Vital statistics of India. Vol. IV, Annual returns from 1871 to 1876. British Army of India, Native Army and jails of Bengal
Year: 1871
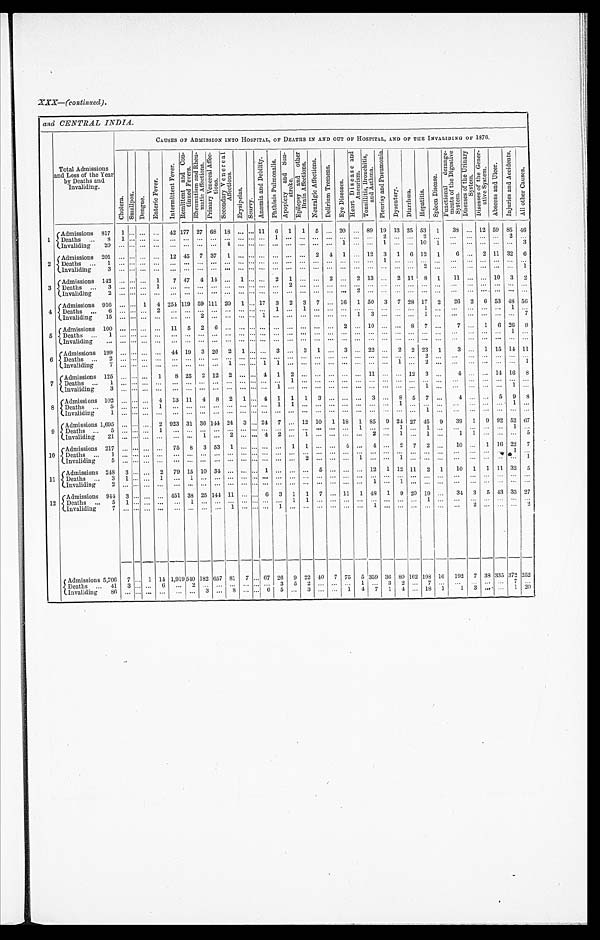
XXX—(continued).
and CENTRAL INDIA.
Total Admissions
and Loss of the Year
by Deaths and
Invaliding.
CAUSES OF ADMISSION INTO HOSPITAL, OF DEATHS IN AND OUT OF HOSPITAL, AND OF THE INVALIDING OF 1876.
C h o l e r a .
S m a l l p o x .
Da ngue .
E n t e r i c F e v e r .
I n t e r m i t t e n t
F e v e r .
R e m i t t e n t a n d C o t i n u e d F e v e r s . R h e u m a t i s m a n d R h e u m a t i e A f f e c t i o n s . P r i m a r y V e n e r e a l A f f e c t i o n s .
S e c o n d a r y V e n e r c a l A f f e c t i o n s .
E r y s i p e l a s .
S c u r v y .
A n æ m i a a n d D e b l i t y . P h t h s i s
P u l m o n a l i s .
A p o p l e x y a n d S u n s t r o k e . E p i l e p s y a n d o t h e r B r a i n A f f e c t i o n s .
N e u r a l g i e A f f e c t i o n s .
D e l i r i u m T r e m e n s .
E y e D i s e a s e s .
H e a r t D i s e a s e a n d A n e u r i s m .
T o n s i l i t i s , B r o n c h i t i s , a n d A s t h m a .
P l c u r i s y a n d P n e u m o n i a .
D y s e n t e r y . D i a r r h œ a .
H e p a t i t i s .
S p l e e n D i s e a s e .
F u n c t i o n a l d e r a m g e m e n t s o f t h e D i g e s t i c e S y s t e m .
D i s e a s e s o f t h e U r i n a r y S y s t e m . D i s e a s e s o f t h e G e n e r a t i c e S y s t e m .
A b s e e s s a n d U l c e r . I n j u r i e s a n d A c c i d e n t s .
A l l o t h e r C a u s e s .
1 (Admissions 817 1 ... ... ... 42 177 27 68 18 ... ... 11 6 1 1 5 ... 20 ... 89 19 13 25 53 1
38
. . .
12 59 85 4 6
D e a t h s . . .
8 1 . . . . . . . . .
. . . . . . . . . . . . . . . . . . . . . . . . . . 1 . . . . . . . . . . . .
. . . . . . . . . 2 . . . . . .
2
. . .
. . . ...
. . . . . . 2 . . .
Invaliding
20 ... ... ...
. . . ... ... ... ...
4 . . . . . . . . . . . . . . . . . . . . . . . .
1
. . . . . . 1 . . . . . .
1 0 1
. . .
. . . . . . . . . . . . 3
2
Admissions 201 ... ... ... ... 12 45 7 37 1 ... ... ... ... ... ... 2 4 1 ... 12 3 1 6 12 1
6 ... 2 11 32 6
Deaths ... 1 ... ... . . . . . .
. . . . . . . . . . . . . . . . . . . . . . . . . . . . . . . . . . . . . . .
. . . . . . . . .
1 . . . . . .
. . . . . .
. . .
. . . ... ... ... ...
Invaliding
3
. . . . . . . . . . . .
. . . . . . . . . . . . . . . . . . . . . . . . . . . . . . . . . . . . . . .
. . . . . . . . . . . . . . . . . .
2
. . .
. . .
. . . . . . . . . . . . 1
3
A d m i s s i o n s 142 ... ... ... 1
7 47 4 14 ... 1 ... ... 2 1 ... ... 2
. . . 2 13 ... 2 11 8 1
11
. . . . . . 10 3
2
Deaths ... 3
. . .
........ . . . 1
. . . . . . . . . . . . . . . . . . . . . . . . . . .
2
. . . . . . ...
. . . ... ...
. . . . . . . . .
. . . . . .
. . . ... ...
. . . . . . . . .
Invaliding
2
. . . . . . . . . . . .
. . . . . . . . . . . . . . . . . . . . . . . . . . . . . . . . . . . . . . .
. . 2
. . . ...
. . . . . .
. . . . . . . . .
. . .
. . . . . . . . .
. . .
4
Admissions 916 ... ... 1 4 254 119 59 111 20 1 ... 17 3 2 3 7 ... 16 1 50 3 7 28 17 2
26 2 6 53 48 56
Deaths ... 6 ... ... ... 2 ... ... ... ... ... ... ... ...
1 . . . 1 . . . . . .
. . . . . . . . . . . . . . . . . .
1
. . .
. . .
. . . . . . . . . 1 . . .
I n v a l i d i n g
1 5 . . . . . . . . . . . .
. . . . . . 2 . . . . . . . . . . . . 1 . . . . . . . . . . . . . . .
. . . 1
3 . . . . . . . . .
1
. . .
. . .
. . . . . . . . . . . . 7
5
Admissions 100 ... ... ... ... 11 5 2 6 ...
. . . . . . . . . . . . . . . . . . . . . . . .
2
. . . 1 0 . . . . . . 8
7
. . . 7 ... 1 6 26
9
Deaths ... 1
. . . . . . . . . . . .
. . . . . . . . . . . . . . . . . . . . . . . . . . . ... ... ... ... ... ... ... ... ... ... ...
. . . . . .
. . . . . . . . . 1 . . .
I n v a l i d i n g
. . . . . . . . . . . . . . .
. . . . . . . . . . . . . . . . . . . . . . . . . . . . . . . . . . . . . . .
. . . . . . . . . . . . . . . . . .
. . . . . .
. . .
. . . . . . . . . . . . . . .
6
Admissions 199 ... ... . . . ... 44 19 3 26 2 1 ... ... 3 ... 3 1 ... 3 ... 22 ... 2 2 23 1
3 ... 1 1 5 14 11
Deaths ... 2
. . . . . . ... ... ... ... ... ... ... ... ... ... ... ... ... ...
. . . . . . . . . . . . . . . . . . .
. . . 2
. . .
. . .
. . . . . . . . . . . . . . .
Invaliding
7
. . . . . . . . . ... ... ... ...
. . .
1 . . . . . . 1 1 . . . . . . . . . . . .
. . . . . . . . . . . . 1
. . .
2
. . .
. . .
. . . . . . . . . . . . 1
7
Admissions 125 ...
... 1
8 25 2 12 2 ... ... 4 1 2 ... ..
. . .
. . . ... 11 ... ... 12 3 ...
4 ... ... 14
1 6 8
Deaths ... 1
. . . . . . . . . . . .
. . . . . . . . . . . . . . . . . . . . . . . . . . . 1
. . . ...
. . . . . . . . . . . . . . . . . . . . .
. . .
. . . . . .
. . .
. . . . . . . . . . . .
I n v a l i d i n g
3
. . . . . . . . . . . .
. . . . . . . . . . . . . . . . . . . . . . . . 1 . . . . . . . . . . . .
. . . ... ... ... ... ...
1
. . .
. . .
. . . . . . . . . 1 . . .
8 Admissions 102 ... ... ... 4 13 11 4 8 2 1 ... 4 1 1 1 3 ...
. . . . . . 3 . . . 8 5
7
. . . 4 ... ... 5 9 8
D e a t h s . . .
5
. . . . . . . . . 1
. . . . . . . . . . . . . . . . . . . . . . . . 1 1
. . . . . . . . .
. . . . . . . . . . . . 1 . . .
. . . . . .
. . .
. . . . . . . . . 1 . . .
Invaliding
1
. . . . . . . . . . . .
. . . . . . . . . . . . . . . . . . . . . . . . . . . . . . . . . . . . . . .
. . . . . . . . . . . . . . . . . .
1
. . .
. . .
. . . . . . . . . . . . . . .
9
Admissions 1,695 ... . . . . . . 2 923 31 36 144 24 3 ... 24 7 ... 12 10 1 18 1 85 9 24 27 45 9
39 1 9 92 52 6 7
D e a t h s . . .
5
. . . . . . . . . 1
. . . . . . . . . . . . . . . . . . . . . . . . . . . . . . . . . . . . . . .
. . . 1
. . . . . . 1 . . .
1
. . .
. . .
. . . . . . . . . 1 . . .
Invaliding 21 ... ... ...
. . .
. . . . . . 1 . . . 2 . . . . . . 4 2 . . . 1 . . . . . .
. . . . . . 2 . . . 1 . . .
1
. . .
1
1 . . . . . . . . . 5
1 0 Admissions 217 ... ... ... ... 75 8 3 53 1 ... ... ... ... 1 1 ... ... 4 ... 4 ...
2 7 2 ...
10
. . . 1 16 22 7
Deaths
1
. . . . . . . . . . . .
. . . . . . . . . . . . . . . . . . . . . . . . . . . ... ... ... ... ... ... ... ... ... ... ... ... ... ... ... ...
1 . . .
Invaliding
5
. . . . . . . . . . . .
. . . . . . . . . . . . . . . . . . . . . . . . . . . . . . 2 . . . . . .
. . . 1
. . . . . . . . . . . .
1 ... ... ... ...
. . . . . . .
1
11
Admissions 248 3 ... . . . 2 79 15 10 34 ...
. . . . . . 1 . . . . . . . . . 5 . . .
...
. . . 12 1 12 11 2 1
10 1 1 11 32 5
Deaths ... 3 1 ... . . . 1 ... 1 ... ... ... ... . . . ... ... ... ... ... ...
. . . . . . . . . . . . . . . . . .
. . . ... ... ... ... ... ... ...
Invaliding
2
. . . . . . . . . . . .
. . . . . . . . . . . . . . . . . . . . . . . . . . . . . . . . . . . . . . .
. . . . . . 1 . . . 1 . . .
. . . . . .
. . .
. . . . . . .. . . .. . . .
1 2
Admissions 944 3 ... ... ... 451 38 25 144 11 ... ... 6 3 1 1 7 ... 11 1 48 1 9 20 19
. . . 34 3 5 43 33 27
D e a t h s .
5
1 . . . . . . . . .
. . . 1 . . . . . . . . . . . . . . . . . . . . . 1
1 . . . . . .
. . . . . . . . . . . . . . . . . .
1 . . . . . .
. . . . . . . . . . . . . . .
Invaliding
7
. . . . . . . . . . . .
. . . . . . . . . . . . 1 . . . . . . . . . 1 . . . . . . . . . . . .
. . . . . . 1 . . . . . . . . .
. . . . . .
. . .
2 . . . . . .
... 2
Admissions 5,706
7 . . .
1 14 1,919 540 182 657 81 7 ... 67 26 9 22 40 7 75 5 359 36 80 162
1 9 8 16 192 7 38 335 372 252
D e a t h s . . .
4 1 3 . . . . . . 6
. . . 2 . . . . . . . . . . . . . . . . . . 3 5
2 . . . . . .
. . . 1
. . . 3 2 . . .
7
. . .
. . .
. . . . . . . . . 7
. . .
Invaliding
86 ...
. . . ...
. . . ... 3 ... 8 ... ... 6 5 ... 3 ... ... 1 4 7 1 4 ... 18 . . .
1 3 ... ... 1 20